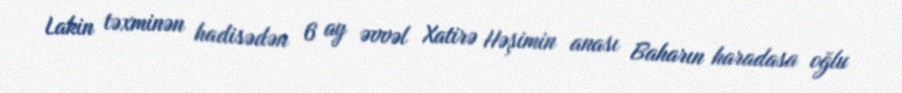
Lakin təxminən hadisədən 6 ay əvvəl Xatirə Həşimin anası Baharın haradasa oğlu